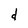
Character: d